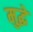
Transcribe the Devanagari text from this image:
मुद्धे